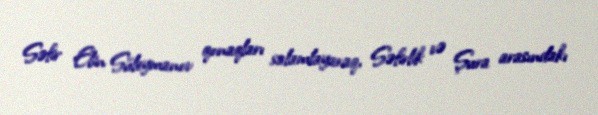
Səfir Elin Süleymanov qonaqları salamlayaraq, Səfirlik və Şura arasındakı